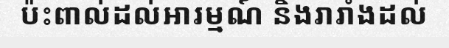
ប៉ះពាល់ដល់អារម្មណ៍ និងរារាំងដល់